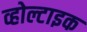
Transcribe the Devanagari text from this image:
व्होल्टाइक